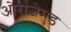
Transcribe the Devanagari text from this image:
ओरांजेमुंड